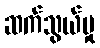
ဆက်သွယ်မှု